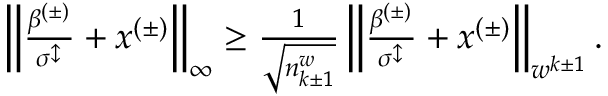
\begin{array} { r } { \left\lVert \frac { \beta ^ { ( \pm ) } } { \sigma ^ { \updownarrow } } + x ^ { ( \pm ) } \right\rVert _ { \infty } \geq \frac { 1 } { \sqrt { n _ { k \pm 1 } ^ { w } } } \left\lVert \frac { \beta ^ { ( \pm ) } } { \sigma ^ { \updownarrow } } + x ^ { ( \pm ) } \right\rVert _ { w ^ { k \pm 1 } } . } \end{array}